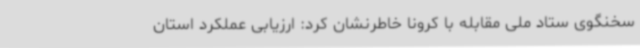
سخنگوی ستاد ملی مقابله با کرونا خاطرنشان کرد: ارزیابی عملکرد استان